Leaving Certificate Examination (including Day School Certificate (Higher) General paper), 1927
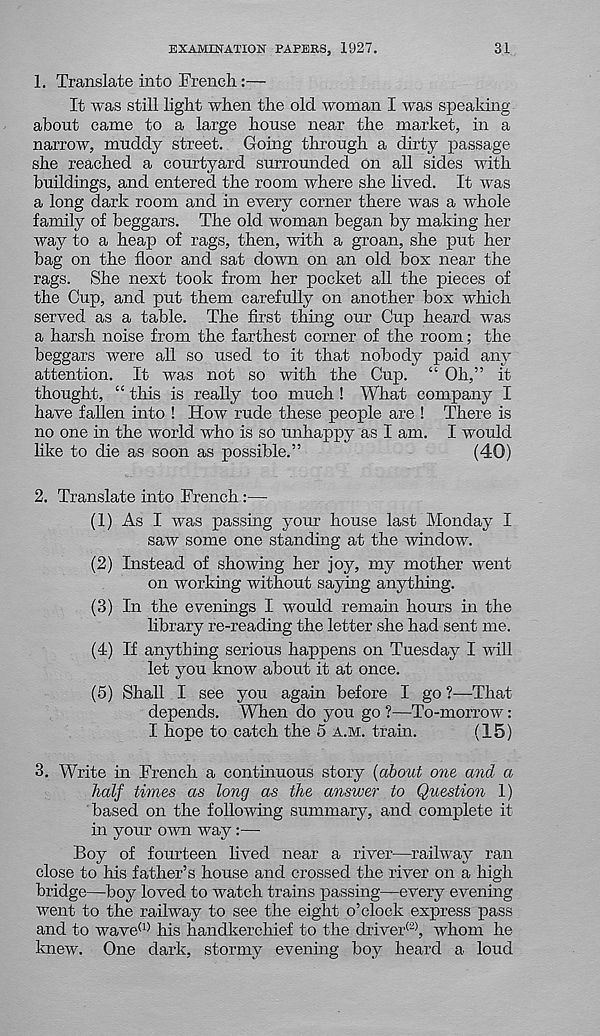
EXAMINATION PAPERS, 1927.
31
1. Translate into French:—
It was still light when the old woman I was speaking
about came to a large house near the market, in a
narrow, muddy street. Going through a dirty passage
she reached a courtyard surrounded on all sides wdth
buildings, and entered the room where she lived. It was
a long dark room and in every corner there was a whole
family of beggars. The old woman began by making her
way to a heap of rags, then, with a groan, she put her
bag on the floor and sat down on an old box near the
rags. She next took from her pocket all the pieces of
the Cup, and put them carefully on another box which
served as a table. The first thing our Cup heard was
a harsh noise from the farthest corner of the room; the
beggars were all so used to it that nobody paid any
attention. It was not so with the Cup. “ Oh,” it
thought, “ this is really too much ! What company I
have fallen into ! How rude these people are ! There is
no one in the world who is so unhappy as I am. I would
like to die as soon as possible.”
(40)
2. Translate into French:—
(1) As I was passing your house last Monday I
saw some one standing at the window.
(2) Instead of showing her joy, my mother went
on working without saying anything.
(3) In the evenings I would remain hours in the
library re-reading the letter she had sent me.
(4) If anything serious happens on Tuesday I will
let you know about it at once.
(5) Shall I see you again before I go ?—That
depends. When do you go ?—To-morrow:
I hope to catch the 5 a.m. train.
(15)
3. Write in French a continuous story {about one and a
half times as long as the answer to Question 1)
based on the following summary, and complete it
in your own way:—
Boy of fourteen lived near a river—railway ran
close to his father’s house and crossed the river on a high
bridge—boy loved to watch trains passing—every evening
went to the railway to see the eight o’clock express pass
and to wave (1) his handkerchief to the driver (2) , whom he
knew. One dark, stormy evening boy heard a loud